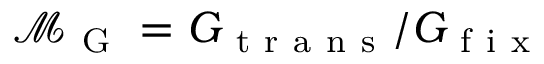
\mathcal { M } _ { \mathrm { ~ G ~ } } = G _ { \mathrm { ~ t ~ r ~ a ~ n ~ s ~ } } / G _ { \mathrm { ~ f ~ i ~ x ~ } }